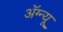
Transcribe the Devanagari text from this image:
अॅग्न्यू